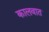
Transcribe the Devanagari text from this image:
कालवात